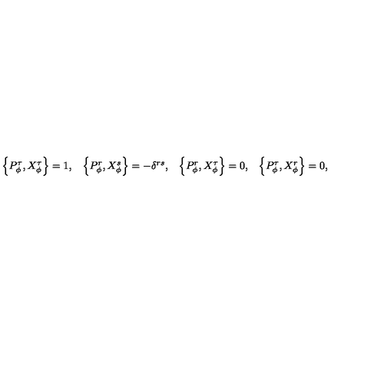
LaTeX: \begin{array} { c c c c } { \left\{ P _ { \phi } ^ { \tau } , X _ { \phi } ^ { \tau } \right\} = 1 , } & { \left\{ P _ { \phi } ^ { r } , X _ { \phi } ^ { s } \right\} = - \delta ^ { r s } , } & { \left\{ P _ { \phi } ^ { r } , X _ { \phi } ^ { \tau } \right\} = 0 , } & { \left\{ P _ { \phi } ^ { \tau } , X _ { \phi } ^ { r } \right\} = 0 , } \\ \end{array}